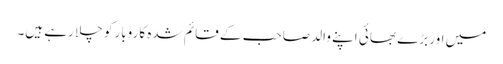
میں اور بڑے بھائی اپنے والد صاحب کے قائم شدہ کاروبار کو چلا رہے ہیں۔